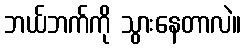
ဘယ်ဘက်ကို သွားနေတာလဲ။